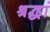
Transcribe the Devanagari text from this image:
श्रद्धां